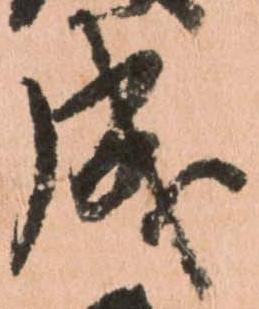
成